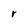
Character: r